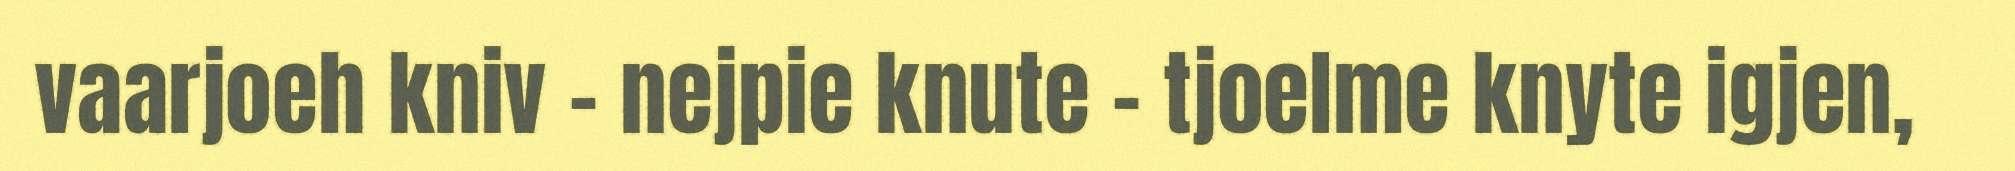
vaarjoeh kniv – nejpie knute – tjoelme knyte igjen,